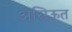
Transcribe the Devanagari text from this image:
असिऊत